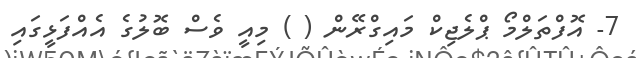
7- އޮފްތަލްމޯ ޕްލެޖިކް މައިގްރޭން ( ) މިއީ ވެސް ބޮލުގެ އެއްފަޅީގައި